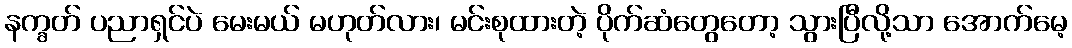
နက္ခတ် ပညာရှင်ပဲ မေးမယ် မဟုတ်လား၊ မင်းစုထားတဲ့ ပိုက်ဆံတွေတော့ သွားပြီလို့သာ အောက်မေ့